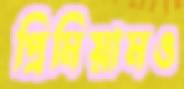
প্রিমিয়ামও